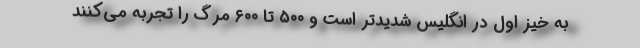
به خیز اول در انگلیس شدیدتر است و ۵۰۰ تا ۶۰۰ مرگ را تجربه می‌کنند